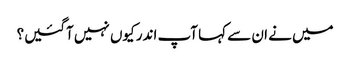
میں‌ نے ان سے کہا آپ اندر کیوں‌ نہیں‌ آگئیں؟